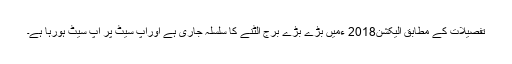
تفصیلات کے مطابق الیکشن2018 ءمیں بڑے بڑے برج الٹنے کا سلسلہ جاری ہے اوراپ سیٹ پر اپ سیٹ ہورہا ہے۔